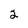
Character: 2